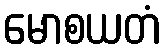
မောစယတံ